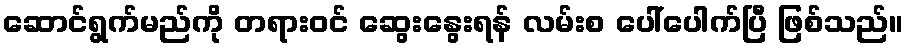
ဆောင်ရွက်မည်ကို တရားဝင် ဆွေးနွေးရန် လမ်းစ ပေါ်ပေါက်ပြီ ဖြစ်သည်။